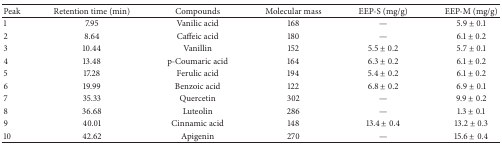
<table><thead><tr><td><b>Peak</b></td><td><b>Retention time (min)</b></td><td><b>Compounds</b></td><td><b>Molecular mass</b></td><td><b>EEP-S (mg/g)</b></td><td><b>EEP-M (mg/g)</b></td></tr></thead><tbody><tr><td>1</td><td>7.95</td><td>Vanilic acid</td><td>168</td><td>—</td><td>5.9 ± 0.1</td></tr><tr><td>2</td><td>8.64</td><td>Caffeic acid</td><td>180</td><td>—</td><td>6.1 ± 0.2</td></tr><tr><td>3</td><td>10.44</td><td>Vanillin</td><td>152</td><td>5.5 ± 0.2</td><td>5.7 ± 0.1</td></tr><tr><td>4</td><td>13.48</td><td>p-Coumaric acid</td><td>164</td><td>6.3 ± 0.2</td><td>6.1 ± 0.2</td></tr><tr><td>5</td><td>17.28</td><td>Ferulic acid</td><td>194</td><td>5.4 ± 0.2</td><td>6.1 ± 0.2</td></tr><tr><td>6</td><td>19.99</td><td>Benzoic acid</td><td>122</td><td>6.8 ± 0.2</td><td>6.9 ± 0.1</td></tr><tr><td>7</td><td>35.33</td><td>Quercetin</td><td>302</td><td>—</td><td>9.9 ± 0.2</td></tr><tr><td>8</td><td>36.68</td><td>Luteolin</td><td>286</td><td>—</td><td>1.3 ± 0.1</td></tr><tr><td>9</td><td>40.01</td><td>Cinnamic acid</td><td>148</td><td>13.4 ± 0.4</td><td>13.2 ± 0.3</td></tr><tr><td>10</td><td>42.62</td><td>Apigenin</td><td>270</td><td>—</td><td>15.6 ± 0.4</td></tr></tbody></table>